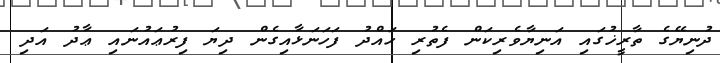
ދުނިޔޭގެ ތާރީޚުގައި އަނިޔާވެރިކަން ފެތުރި ހައްދު ފަހަނަޅާއިގެން ދިޔަ ފިރުޢައުނައި ޢާދު އަދި